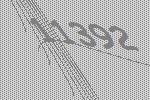
11392